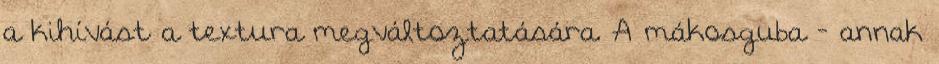
a kihívást a textura megváltoztatására. A mákosguba - annak